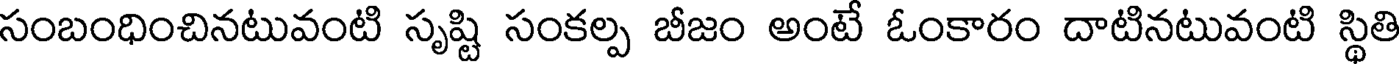
సంబంధించినటువంటి సృష్టి సంకల్ప బీజం అంటే ఓంకారం దాటినటువంటి స్థితి